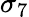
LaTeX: \sigma_{7}